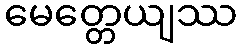
မေတ္တေယျဿ